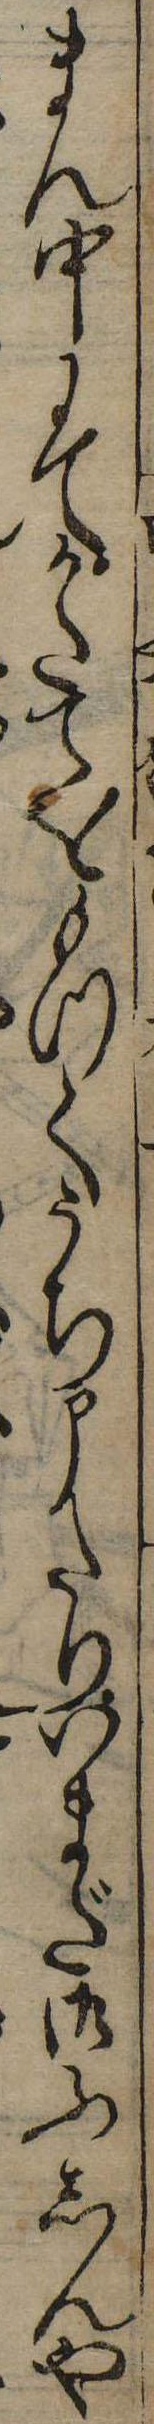
まん中にてかたてをもつてうち申たりいまだ御ふしんや